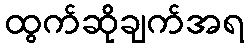
ထွက်ဆိုချက်အရ